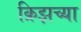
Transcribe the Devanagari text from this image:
क्रिझच्या